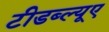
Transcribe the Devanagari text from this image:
टीडब्ल्यूए